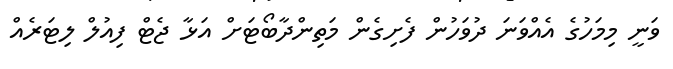
ވަނީ މިމަހުގެ އެއްވަނަ ދުވަހުން ފެށިގެން މަތިންދާބޯޓަށް އަޅާ ޖެޓް ފިއުލް ލިޓަރެއް